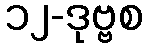
၁၂-ဒုဗ္ဗစ